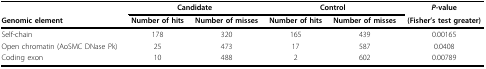
<table><thead><tr><td></td><td colspan="2"><b>Candidate</b></td><td colspan="2"><b>Control</b></td><td><b><i>P</i>-value</b></td></tr><tr><td><b>Genomic element</b></td><td><b>Number of hits</b></td><td><b>Number of misses</b></td><td><b>Number of hits</b></td><td><b>Number of misses</b></td><td><b>(Fisher&#x27;s test greater)</b></td></tr></thead><tbody><tr><td>Self-chain</td><td>178</td><td>320</td><td>165</td><td>439</td><td>0.00165</td></tr><tr><td>Open chromatin (AoSMC DNase Pk)</td><td>25</td><td>473</td><td>17</td><td>587</td><td>0.0408</td></tr><tr><td>Coding exon</td><td>10</td><td>488</td><td>2</td><td>602</td><td>0.00789</td></tr></tbody></table>